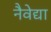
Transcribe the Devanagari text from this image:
नैवेद्या